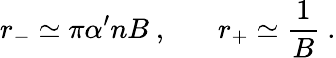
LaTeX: r_{-}\simeq\pi\alpha^{\prime}nB\ ,\ \ \ \ \ \ \ r_{+}\simeq\frac{1}{B}\ .